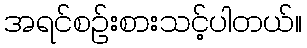
အရင်စဉ်းစားသင့်ပါတယ်။